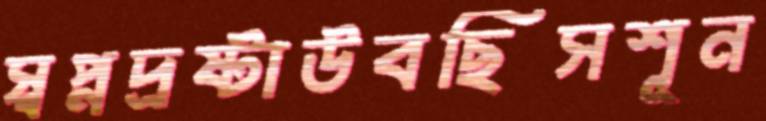
স্বপ্নদ্রষ্টাউবছিসশূন